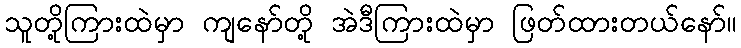
သူတို့ကြားထဲမှာ ကျနော်တို့ အဲဒီကြားထဲမှာ ဖြတ်ထားတယ်နော်။